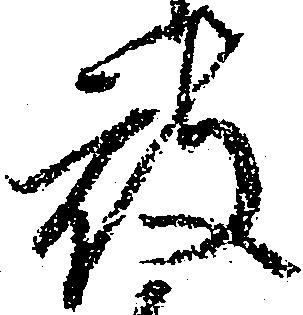
被